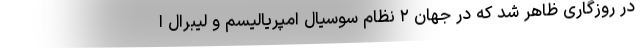
در روزگاری ظاهر شد که در جهان ۲ نظام سوسیال امپریالیسم و لیبرال ا